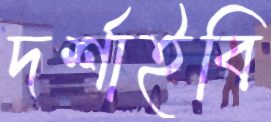
দর্শাইবি